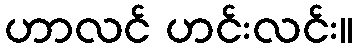
ဟာလင် ဟင်းလင်း။